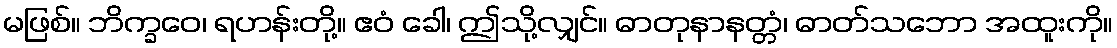
မဖြစ်။ ဘိက္ခဝေ၊ ရဟန်းတို့။ ဧဝံ ခေါ၊ ဤသို့လျှင်။ ဓာတုနာနတ္တံ၊ ဓာတ်သဘော အထူးကို။